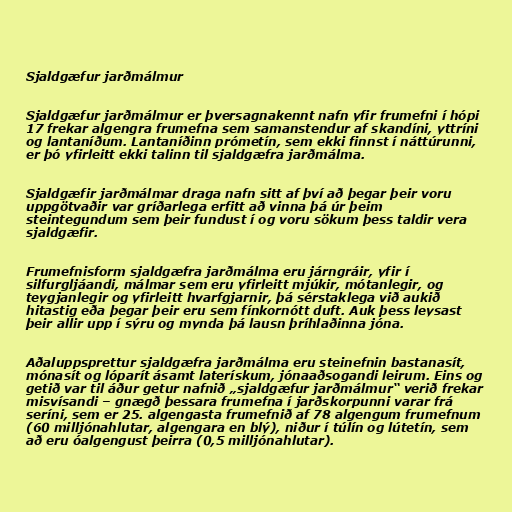
Sjaldgæfur jarðmálmur

Sjaldgæfur jarðmálmur er þversagnakennt nafn yfir frumefni í hópi
17 frekar algengra frumefna sem samanstendur af skandíni, yttríni
og lantaníðum. Lantaníðinn prómetín, sem ekki finnst í náttúrunni,
er þó yfirleitt ekki talinn til sjaldgæfra jarðmálma.

Sjaldgæfir jarðmálmar draga nafn sitt af því að þegar þeir voru
uppgötvaðir var gríðarlega erfitt að vinna þá úr þeim
steintegundum sem þeir fundust í og voru sökum þess taldir vera
sjaldgæfir.

Frumefnisform sjaldgæfra jarðmálma eru járngráir, yfir í
silfurgljáandi, málmar sem eru yfirleitt mjúkir, mótanlegir, og
teygjanlegir og yfirleitt hvarfgjarnir, þá sérstaklega við aukið
hitastig eða þegar þeir eru sem fínkornótt duft. Auk þess leysast
þeir allir upp í sýru og mynda þá lausn þríhlaðinna jóna.

Aðaluppsprettur sjaldgæfra jarðmálma eru steinefnin bastanasít,
mónasít og lóparít ásamt laterískum, jónaaðsogandi leirum. Eins og
getið var til áður getur nafnið „sjaldgæfur jarðmálmur“ verið frekar
misvísandi – gnægð þessara frumefna í jarðskorpunni varar frá
seríni, sem er 25. algengasta frumefnið af 78 algengum frumefnum
(60 milljónahlutar, algengara en blý), niður í túlín og lútetín, sem
að eru óalgengust þeirra (0,5 milljónahlutar).